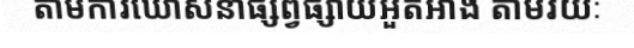
តាមការឃោសនាផ្សព្វផ្សាយអួតអាង តាមរយៈ